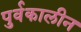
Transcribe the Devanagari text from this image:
पुर्वकालीन